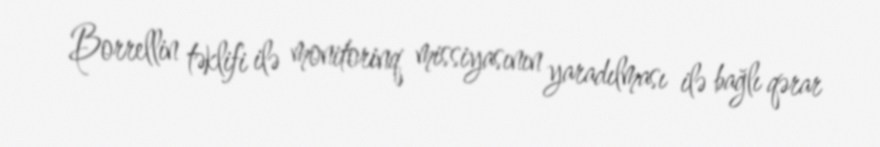
Borrellin təklifi ilə monitorinq missiyasının yaradılması ilə bağlı qərar